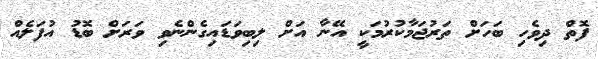
ފޮތް ދިވެހި ބަހަށް ތަރުޖަމާކުރުމަކީ އޭނާ އަށް ލިބިވަޑައިގެންނެވި ވަރަށް ބޮޑު އުފަލެއް